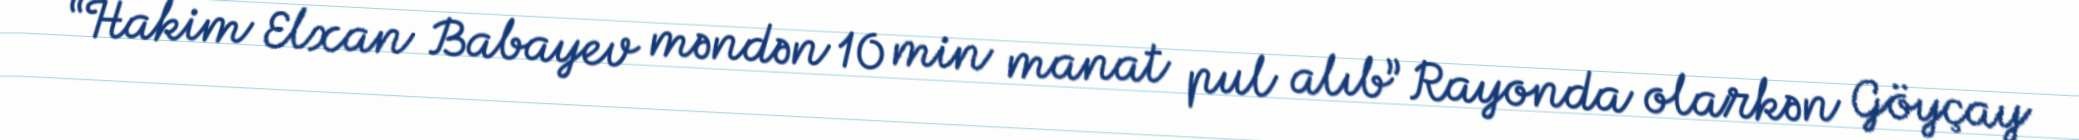
“Hakim Elxan Babayev məndən 10 min manat pul alıb” Rayonda olarkən Göyçay